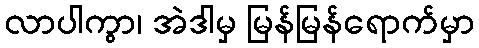
လာပါကွာ၊ အဲဒါမှ မြန်မြန်ရောက်မှာ